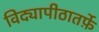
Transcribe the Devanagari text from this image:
विद्यापीठातर्फ़े